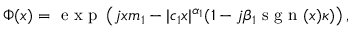
\Phi ( x ) = \textrm { e x p } \left( j x m _ { 1 } - | c _ { 1 } x | ^ { \alpha _ { 1 } } ( 1 - j \beta _ { 1 } \textrm { s g n } ( x ) \kappa ) \right) ,